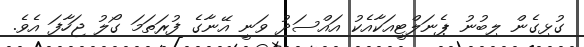
ގުޅިގެން ލިބުނު ޕެނަލްޓީއަކާއެކު އައްސަދު ވަނީ އޭނާގެ ފުރަތަމަ ގޯލު ޖަހާފަ އެވެ.